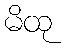
မိထု